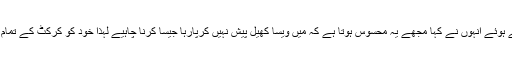
اپنے بیان میں ساتھیوں اور بورڈ حکام کا شکریہ ادا کرتے ہوئے انہوں نے کہا مجھے یہ محسوس ہوتا ہے کہ میں ویسا کھیل پیش نہیں کرپارہا جیسا کرنا چاہیے لہذا خود کو کرکٹ کے تمام فارمیٹ سے علیحدہ کرتے ہوئے ریٹائرمنٹ لے رہا ہوں۔